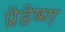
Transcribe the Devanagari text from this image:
प्रेडेष्ण